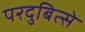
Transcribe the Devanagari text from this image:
परदुबित्से